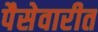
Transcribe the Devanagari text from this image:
पैसेवारीत